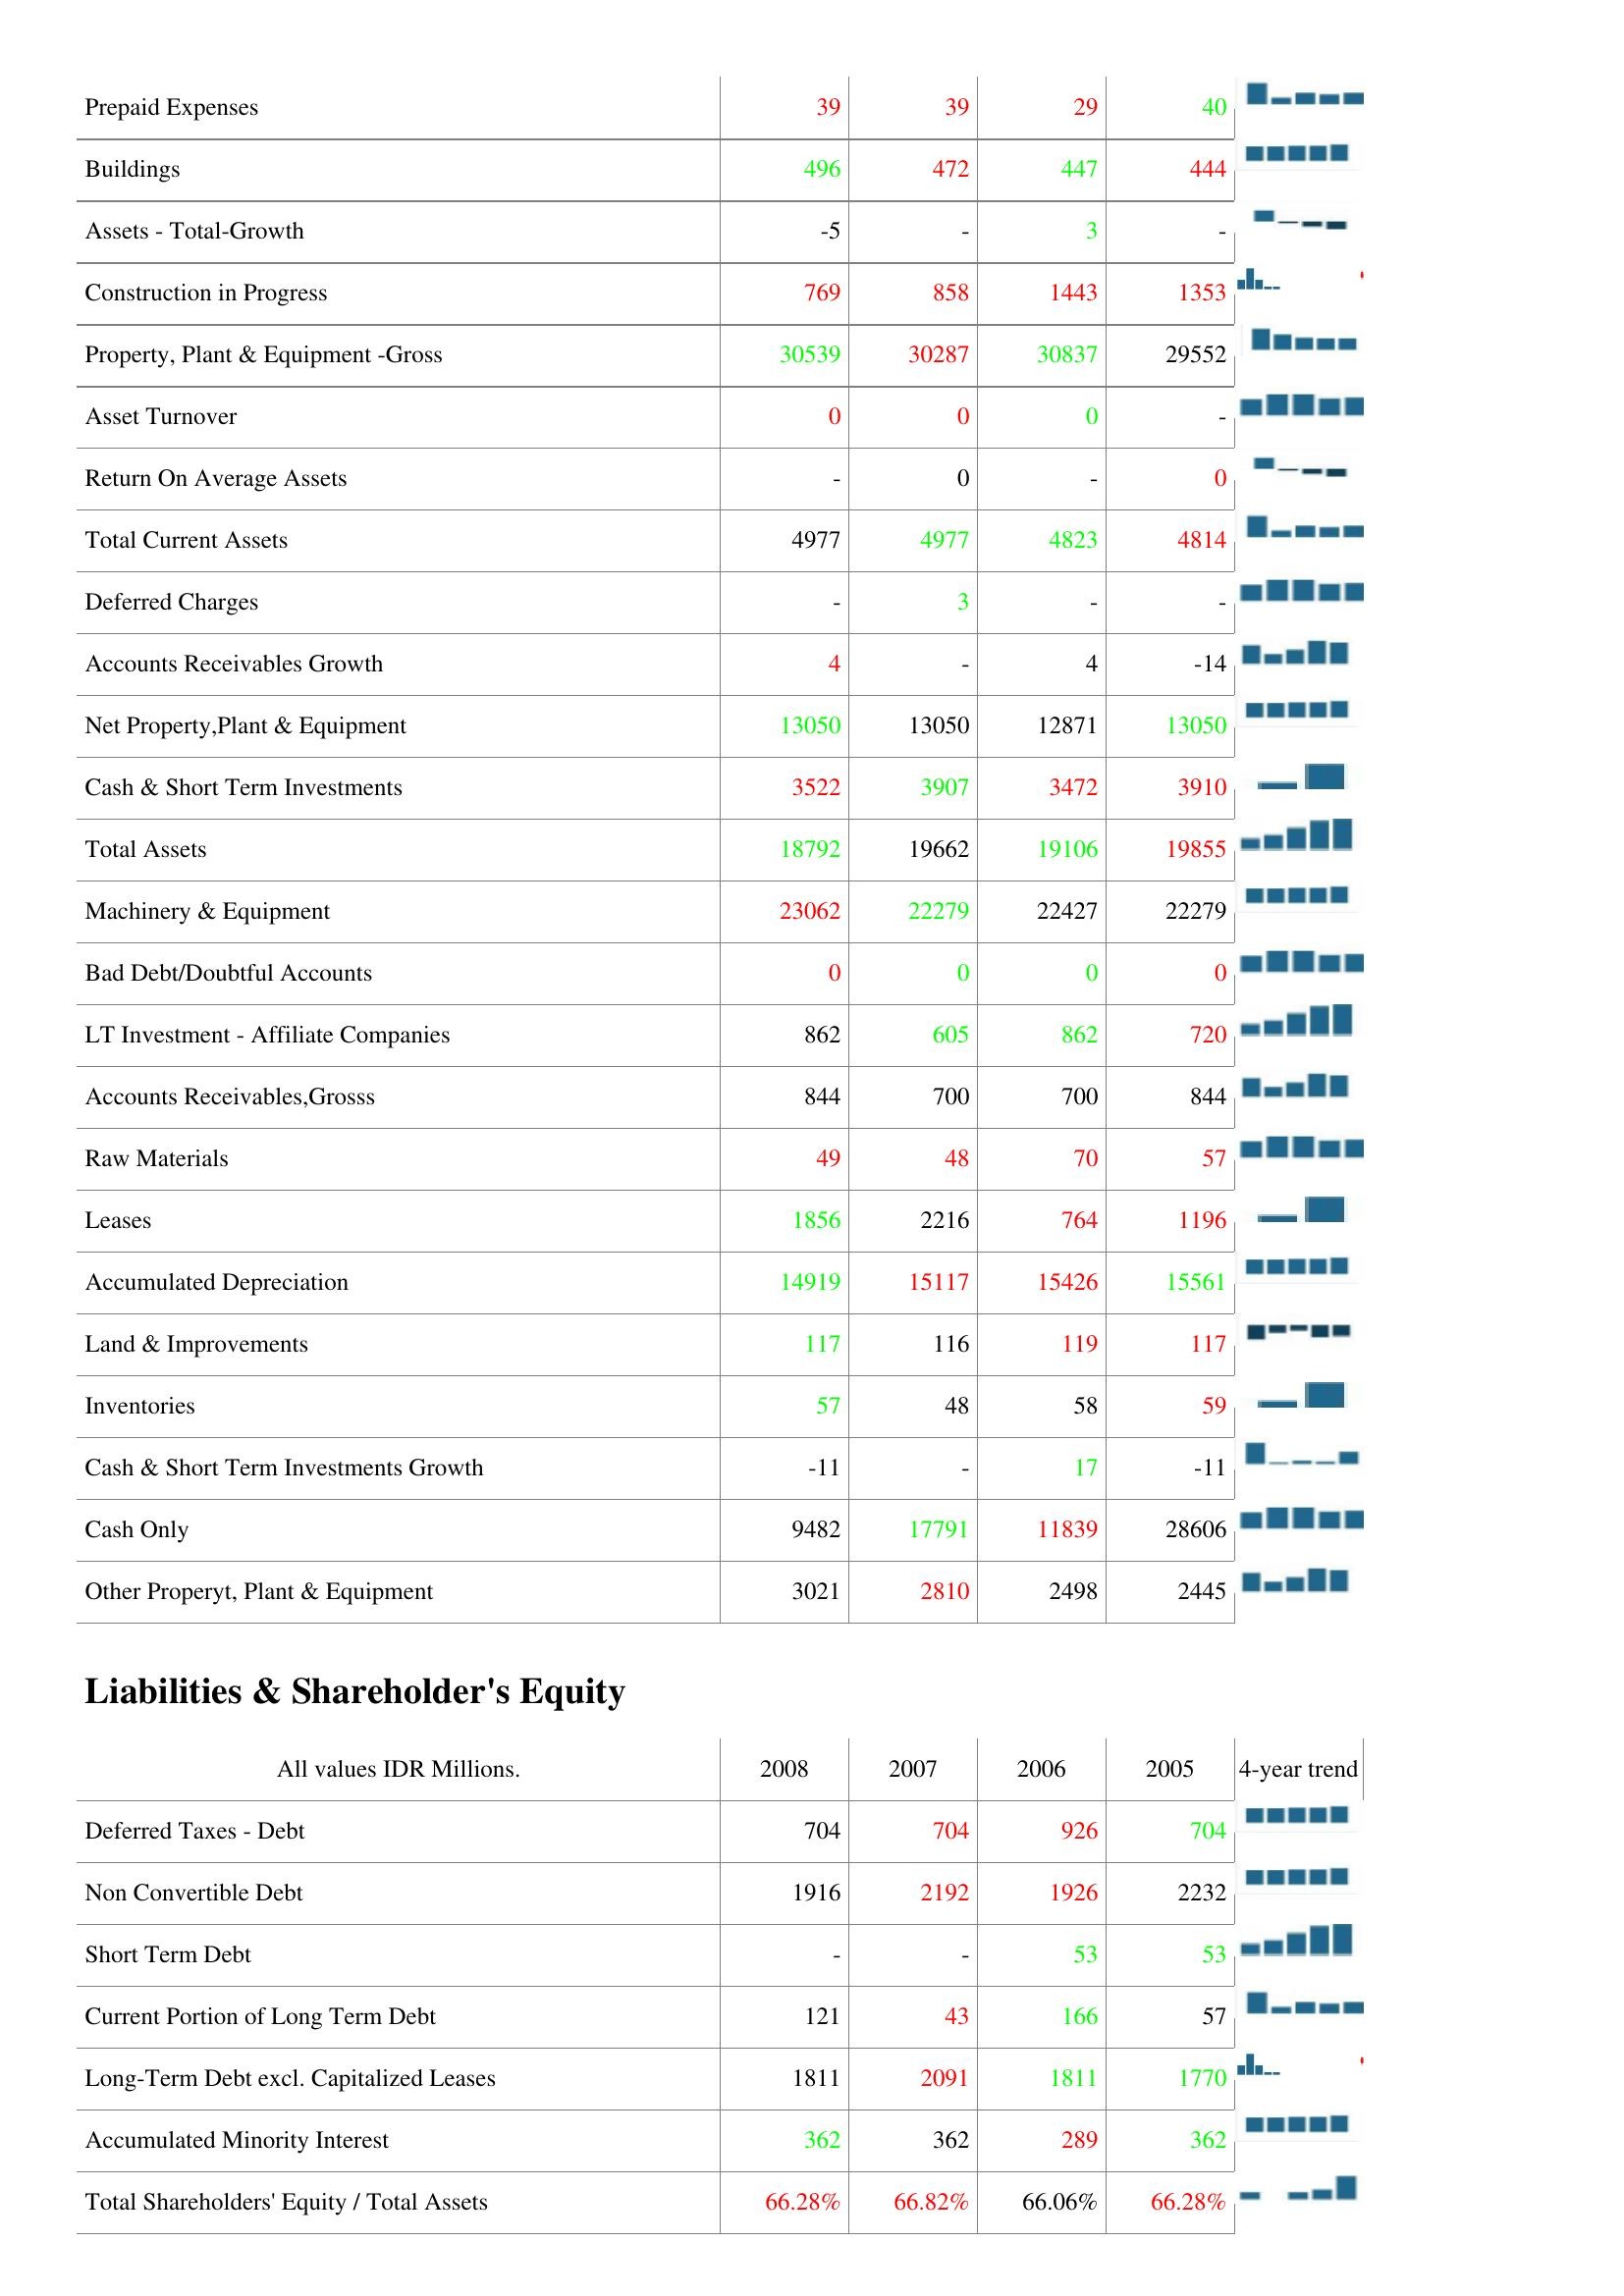
2008: Assets: Prepaid Expenses: 39
Buildings: 496
Assets - Total-Growth: -5
Construction in Progress: 769
Property, Plant & Equipment -Gross: 30539
Asset Turnover: 0
Return On Average Assets: -
Total Current Assets: 4977
Deferred Charges: -
Accounts Receivables Growth: 4
Net Property,Plant & Equipment: 13050
Cash & Short Term Investments: 3522
Total Assets: 18792
Machinery & Equipment: 23062
Bad Debt/Doubtful Accounts: 0
LT Investment - Affiliate Companies: 862
Accounts Receivables,Grosss: 844
Raw Materials: 49
Leases: 1856
Accumulated Depreciation: 14919
Land & Improvements: 117
Inventories: 57
Cash & Short Term Investments Growth: -11
Cash Only: 9482
Other Properyt, Plant & Equipment: 3021
Liabilities & Shareholder's Equity: Deferred Taxes - Debt: 704
Non Convertible Debt: 1916
Short Term Debt: -
Current Portion of Long Term Debt: 121
Long-Term Debt excl. Capitalized Leases: 1811
Accumulated Minority Interest: 362
Total Shareholders' Equity / Total Assets: 66.28%
2007: Assets: Prepaid Expenses: 39
Buildings: 472
Assets - Total-Growth: -
Construction in Progress: 858
Property, Plant & Equipment -Gross: 30287
Asset Turnover: 0
Return On Average Assets: 0
Total Current Assets: 4977
Deferred Charges: 3
Accounts Receivables Growth: -
Net Property,Plant & Equipment: 13050
Cash & Short Term Investments: 3907
Total Assets: 19662
Machinery & Equipment: 22279
Bad Debt/Doubtful Accounts: 0
LT Investment - Affiliate Companies: 605
Accounts Receivables,Grosss: 700
Raw Materials: 48
Leases: 2216
Accumulated Depreciation: 15117
Land & Improvements: 116
Inventories: 48
Cash & Short Term Investments Growth: -
Cash Only: 17791
Other Properyt, Plant & Equipment: 2810
Liabilities & Shareholder's Equity: Deferred Taxes - Debt: 704
Non Convertible Debt: 2192
Short Term Debt: -
Current Portion of Long Term Debt: 43
Long-Term Debt excl. Capitalized Leases: 2091
Accumulated Minority Interest: 362
Total Shareholders' Equity / Total Assets: 66.82%
2006: Assets: Prepaid Expenses: 29
Buildings: 447
Assets - Total-Growth: 3
Construction in Progress: 1443
Property, Plant & Equipment -Gross: 30837
Asset Turnover: 0
Return On Average Assets: -
Total Current Assets: 4823
Deferred Charges: -
Accounts Receivables Growth: 4
Net Property,Plant & Equipment: 12871
Cash & Short Term Investments: 3472
Total Assets: 19106
Machinery & Equipment: 22427
Bad Debt/Doubtful Accounts: 0
LT Investment - Affiliate Companies: 862
Accounts Receivables,Grosss: 700
Raw Materials: 70
Leases: 764
Accumulated Depreciation: 15426
Land & Improvements: 119
Inventories: 58
Cash & Short Term Investments Growth: 17
Cash Only: 11839
Other Properyt, Plant & Equipment: 2498
Liabilities & Shareholder's Equity: Deferred Taxes - Debt: 926
Non Convertible Debt: 1926
Short Term Debt: 53
Current Portion of Long Term Debt: 166
Long-Term Debt excl. Capitalized Leases: 1811
Accumulated Minority Interest: 289
Total Shareholders' Equity / Total Assets: 66.06%
2005: Assets: Prepaid Expenses: 40
Buildings: 444
Assets - Total-Growth: -
Construction in Progress: 1353
Property, Plant & Equipment -Gross: 29552
Asset Turnover: -
Return On Average Assets: 0
Total Current Assets: 4814
Deferred Charges: -
Accounts Receivables Growth: -14
Net Property,Plant & Equipment: 13050
Cash & Short Term Investments: 3910
Total Assets: 19855
Machinery & Equipment: 22279
Bad Debt/Doubtful Accounts: 0
LT Investment - Affiliate Companies: 720
Accounts Receivables,Grosss: 844
Raw Materials: 57
Leases: 1196
Accumulated Depreciation: 15561
Land & Improvements: 117
Inventories: 59
Cash & Short Term Investments Growth: -11
Cash Only: 28606
Other Properyt, Plant & Equipment: 2445
Liabilities & Shareholder's Equity: Deferred Taxes - Debt: 704
Non Convertible Debt: 2232
Short Term Debt: 53
Current Portion of Long Term Debt: 57
Long-Term Debt excl. Capitalized Leases: 1770
Accumulated Minority Interest: 362
Total Shareholders' Equity / Total Assets: 66.28%